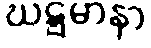
ဃဋ္ဋမာနာ